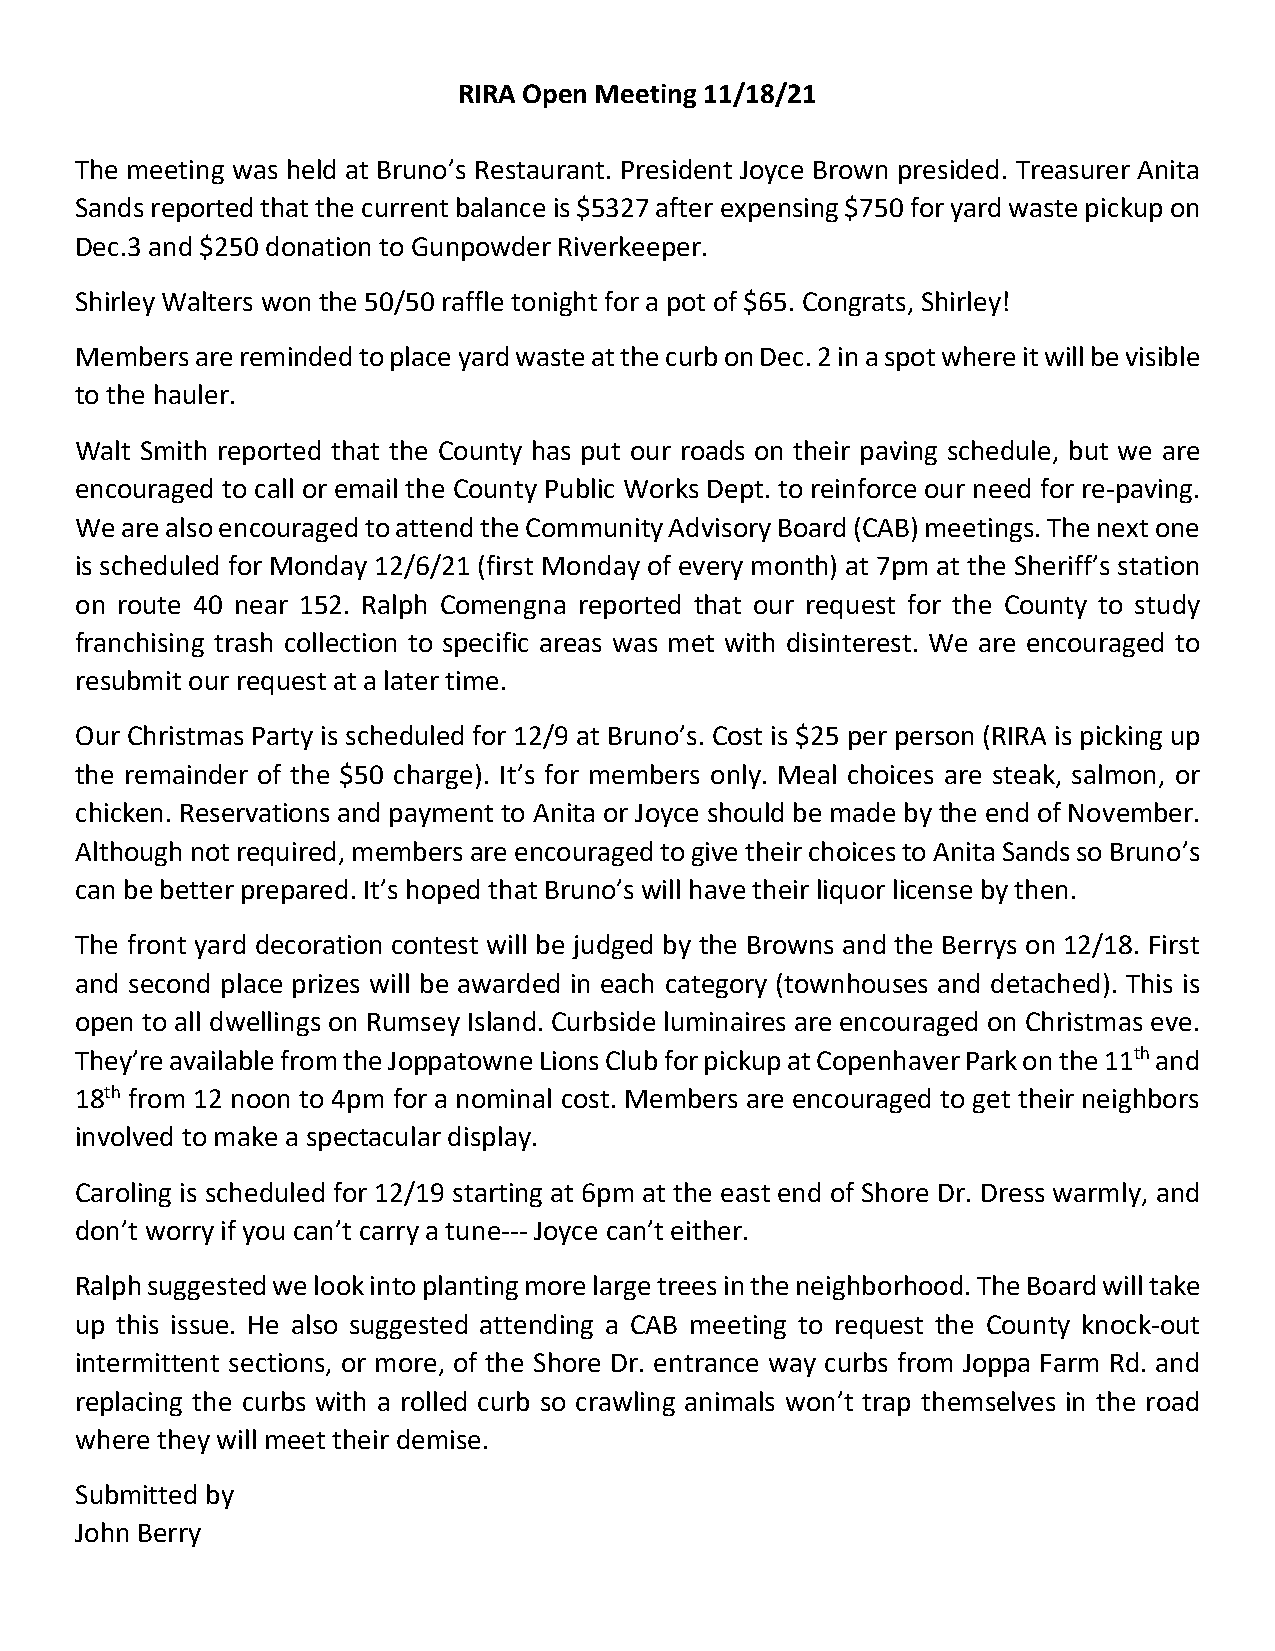
RIRA Open Meeting 11/18/21
 The meeting was held at Bruno’s Restaurant. President Joyce Brown presided. Treasurer Anita
 Sands reported that the current balance is $5327 after expensing $750 for yard waste pickup on
 Dec.3 and $250 donation to Gunpowder Riverkeeper.
 Shirley Walters won the 50/50 raffle tonight for a pot of $65. Congrats, Shirley!
 Members are reminded to place yard waste at the curb on Dec. 2 in a spot where it will be visible
 to the hauler.
 Walt Smith reported that the County has put our roads on their paving schedule, but we are
 encouraged to call or email the County Public Works Dept. to reinforce our need for re-paving.
 We are also encouraged to attend the Community Advisory Board (CAB) meetings. The next one
 is scheduled for Monday 12/6/21 (first Monday of every month) at 7pm at the Sheriff’s station
 on route 40 near 152. Ralph Comengna reported that our request for the County to study
 franchising trash collection to specific areas was met with disinterest. We are encouraged to
 resubmit our request at a later time.
 Our Christmas Party is scheduled for 12/9 at Bruno’s. Cost is $25 per person (RIRA is picking up
 the remainder of the $50 charge). It’s for members only. Meal choices are steak, salmon, or
 chicken. Reservations and payment to Anita or Joyce should be made by the end of November.
 Although not required, members are encouraged to give their choices to Anita Sands so Bruno’s
 can be better prepared. It’s hoped that Bruno’s will have their liquor license by then.
 The front yard decoration contest will be judged by the Browns and the Berrys on 12/18. First
 and second place prizes will be awarded in each category (townhouses and detached). This is
 open to all dwellings on Rumsey Island. Curbside luminaires are encouraged on Christmas eve.
 They’re available from the Joppatowne Lions Club for pickup at Copenhaver Park on the 11th and
 18th from 12 noon to 4pm for a nominal cost. Members are encouraged to get their neighbors
 involved to make a spectacular display.
 Caroling is scheduled for 12/19 starting at 6pm at the east end of Shore Dr. Dress warmly, and
 don’t worry if you can’t carry a tune--- Joyce can’t either.
 Ralph suggested we look into planting more large trees in the neighborhood. The Board will take
 up this issue. He also suggested attending a CAB meeting to request the County knock-out
 intermittent sections, or more, of the Shore Dr. entrance way curbs from Joppa Farm Rd. and
 replacing the curbs with a rolled curb so crawling animals won’t trap themselves in the road
 where they will meet their demise.
 Submitted by
 John Berry